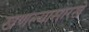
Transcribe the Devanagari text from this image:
खणल्यासारखे